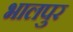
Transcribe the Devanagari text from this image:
भालपुर